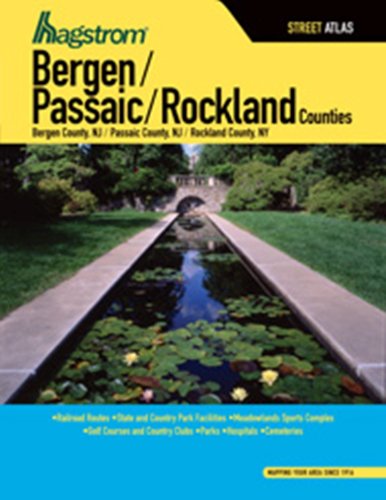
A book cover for Hagstrom Bergen/Passaic/Rockland Counties: Bergen Nj Passaic County Nj Rockland County Ny; Not Available (Na) Hagstrom Map Co; Travel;